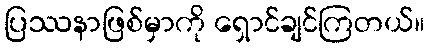
ပြဿနာဖြစ်မှာကို ရှောင်ချင်ကြတယ်။